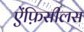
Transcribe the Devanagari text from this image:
ऐंफ़िसीलस